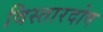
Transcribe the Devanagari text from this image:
विस्तारदोष